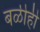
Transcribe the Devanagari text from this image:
बळीही